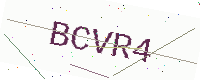
Text: BCVR4